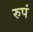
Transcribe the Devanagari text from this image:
रुपं